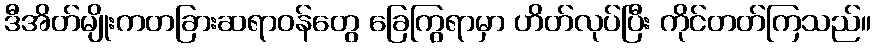
ဒီအိတ်မျိုးကတခြားဆရာဝန်တွေ ခြေကြွရာမှာ ဟိတ်လုပ်ပြီး ကိုင်တတ်ကြသည်။